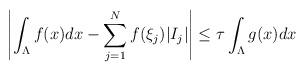
LaTeX: \begin{align*} \left| \int_{\Lambda} f(x) dx - \sum_{j=1}^N f(\xi_j) |I_j| \right| \leq \tau \int_{\Lambda} g(x) dx \end{align*}